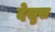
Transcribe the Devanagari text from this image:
देस्रुस